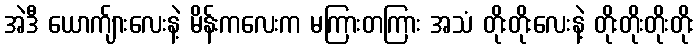
အဲဒီ ယောက်ျားလေးနဲ့ မိန်းကလေးက မကြားတကြား အသံ တိုးတိုးလေးနဲ့ တိုးတိုးတိုးတိုး